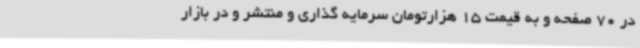
در 70 صفحه و به قیمت 15 هزارتومان سرمایه گذاری و منتشر و در بازار